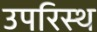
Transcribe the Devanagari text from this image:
उपरिस्थ